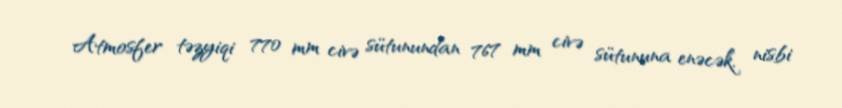
Atmosfer təzyiqi 770 mm civə sütunundan 767 mm civə sütununa enəcək, nisbi